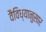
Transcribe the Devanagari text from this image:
वैविध्यानुसार